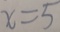
x = 5